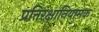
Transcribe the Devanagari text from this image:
प्रतिरक्षानियामक